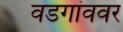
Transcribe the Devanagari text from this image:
वडगांववर